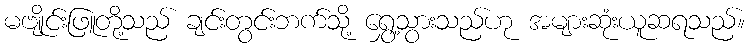
မဗျိုင်းဖြူတို့သည် ချင်းတွင်းဘက်သို့ ရွှေ့သွားသည်ဟု အများဆုံးယူဆရသည်။